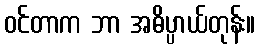
ဝင်တာက ဘာ အဓိပ္ပာယ်တုန်း။